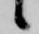
候